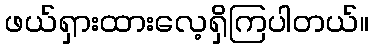
ဖယ်ရှားထားလေ့ရှိကြပါတယ်။